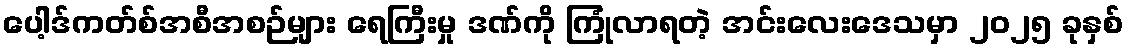
ပေါ့ဒ်ကတ်စ်အစီအစဉ်များ ရေကြီးမှု ဒဏ်ကို ကြုံလာရတဲ့ အင်းလေးဒေသမှာ ၂၀၂၅ ခုနှစ်